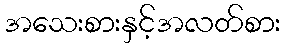
အသေးစားနှင့်အလတ်စား